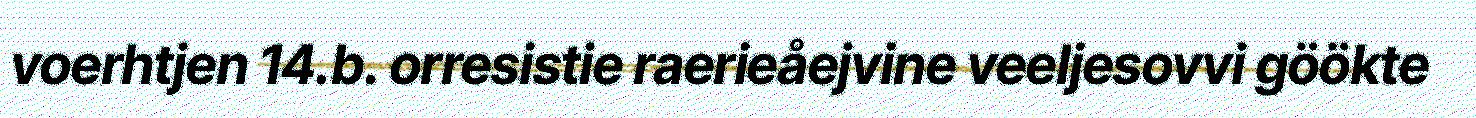
voerhtjen 14.b. orresistie raerieåejvine veeljesovvi göökte